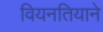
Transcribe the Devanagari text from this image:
वियनतियाने